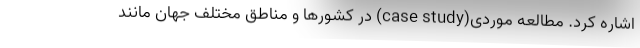
اشاره کرد. مطالعه موردی(case study) در کشورها و مناطق مختلف جهان مانند